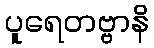
ပူရေတဗ္ဗာနိ